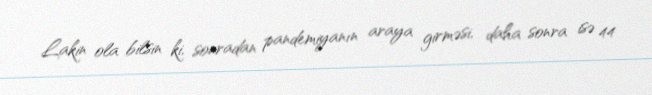
Lakin ola bilsin ki, sonradan pandemiyanın araya girməsi, daha sonra isə 44